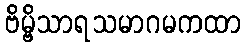
ဗိမ္ဗိသာရသမာဂမကထာ